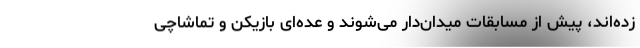
زده‌اند، پیش از مسابقات میدان‌دار می‌شوند و عده‌ای بازیکن و تماشاچی